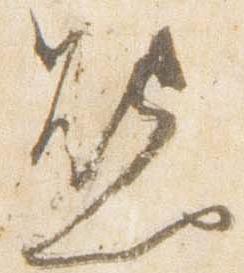
熊